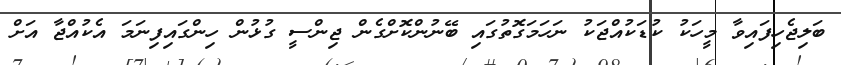
ބަލިޖެހިފައިވާ މީހަކު ކުޑަކުއްޖަކު ނަހަމަގޮތުގައި ބޭނުންކޮށްގެން ޖިންސީ ގުޅުން ހިންގައިފިނަމަ އެކުއްޖާ އަށް